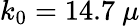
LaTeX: k_{0}=14.7~\mu